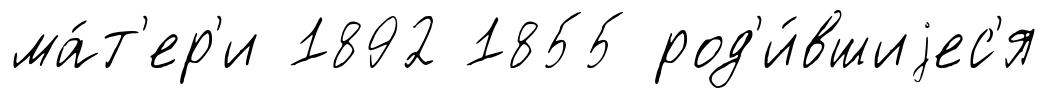
ма́т'ер'и 1892 1855 род'и́вшиjес'я